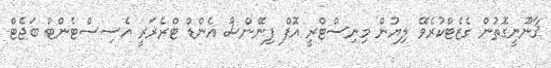
ޤާނޫނީގޮތުން ގެޒެޓްކުރެވޭ ލިޔުން މިނިސްޓްރީ އޮފް ފިނޭންސް އެންޑް ޓްރެޜަރީ އެސިސްޓެންޓް ބަޖެޓް